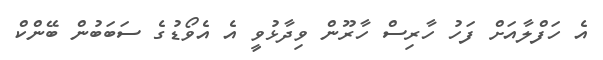
އެ ހަފްލާއަށް ފަހު ހާރިސް ހާރޫން ވިދާޅުވީ އެ އެވޯޑުގެ ސަބަބުން ބޭންކް